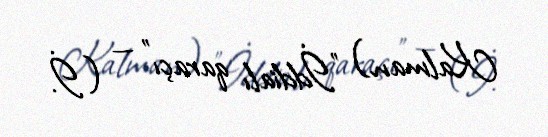
Kalman) "İddialı qaraçı" — (İ.